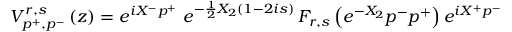
V _ { p ^ { + } , p ^ { - } } ^ { r , s } \left( z \right) = e ^ { i X ^ { - } p ^ { + } } \, \, e ^ { - \frac 1 2 X _ { 2 } \left( 1 - 2 i s \right) } \, F _ { r , s } \left( e ^ { - X _ { 2 } } p ^ { - } p ^ { + } \right) e ^ { i X ^ { + } p ^ { - } }